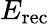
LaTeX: E_{\mathrm{rec}}